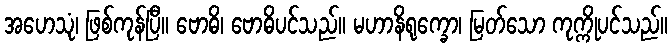
အဟေသုံ၊ ဖြစ်ကုန်ပြီ။ ဗောဓိ၊ ဗောဓိပင်သည်။ မဟာနိရုက္ခော၊ မြတ်သော ကုက္ကိုပင်သည်။